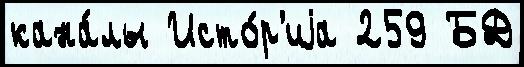
кана́лы Исто́р'иjа 259 БД